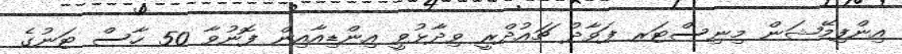
އިންފިމޭޝަން މިނިސްޓަރ ފަވާދު ޗައުދްރީ ވިދާޅުވީ އިންޑިއާއިން ފޮނުވާ 50 ހާސް ޓަނުގެ